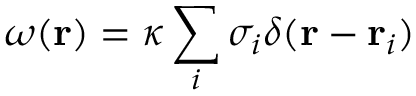
\omega ( \mathbf { r } ) = \kappa \sum _ { i } \sigma _ { i } \delta ( \mathbf { r } - \mathbf { r } _ { i } )